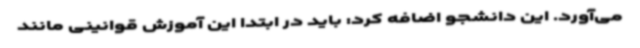
می‌آورد. این دانشجو اضافه کرد: باید در ابتدا این آموزش قوانینی مانند